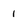
Character: I